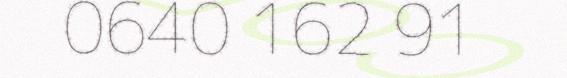
0640 162 91